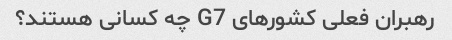
رهبران فعلی کشورهای G7 چه کسانی هستند؟